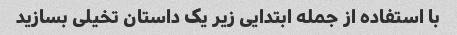
با استفاده از جمله ابتدایی زیر یک داستان تخیلی بسازید